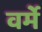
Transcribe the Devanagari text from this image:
वर्मे